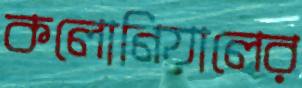
কলোনিয়ালের